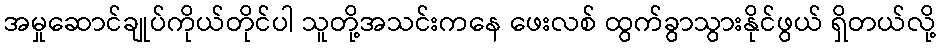
အမှုဆောင်ချုပ်ကိုယ်တိုင်ပါ သူတို့အသင်းကနေ ဖေးလစ် ထွက်ခွာသွားနိုင်ဖွယ် ရှိတယ်လို့